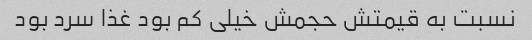
نسبت به قیمتش حجمش خیلی کم بود غذا سرد بود